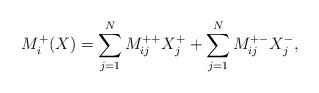
LaTeX: \begin{align*} M_i^{+}( X) = \sum_{j=1}^N M_{ij}^{++} X_j^+ + \sum_{j=1}^N M_{ij}^{+-} X_j^- , \end{align*}